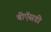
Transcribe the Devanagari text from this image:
बीऍसडी